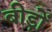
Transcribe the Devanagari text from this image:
बीड़ों